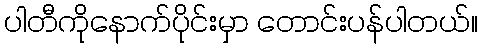
ပါတီကိုနောက်ပိုင်းမှာ တောင်းပန်ပါတယ်။